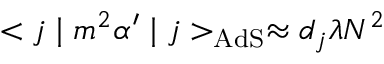
< j \mid m ^ { 2 } \alpha ^ { \prime } \mid j > _ { \mathrm { A d S } } \approx d _ { { j } } \lambda N ^ { 2 }